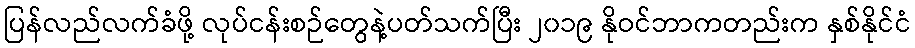
ပြန်လည်လက်ခံဖို့ လုပ်ငန်းစဉ်တွေနဲ့ပတ်သက်ပြီး ၂၀၁၉ နိုဝင်ဘာကတည်းက နှစ်နိုင်ငံ